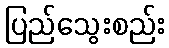
ပြည်သွေးစည်း